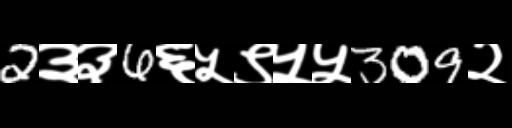
Text: 2३३6६५९५५309२